Vaccination in Burma 1920-1933 - 1920-1933
Year: 1920
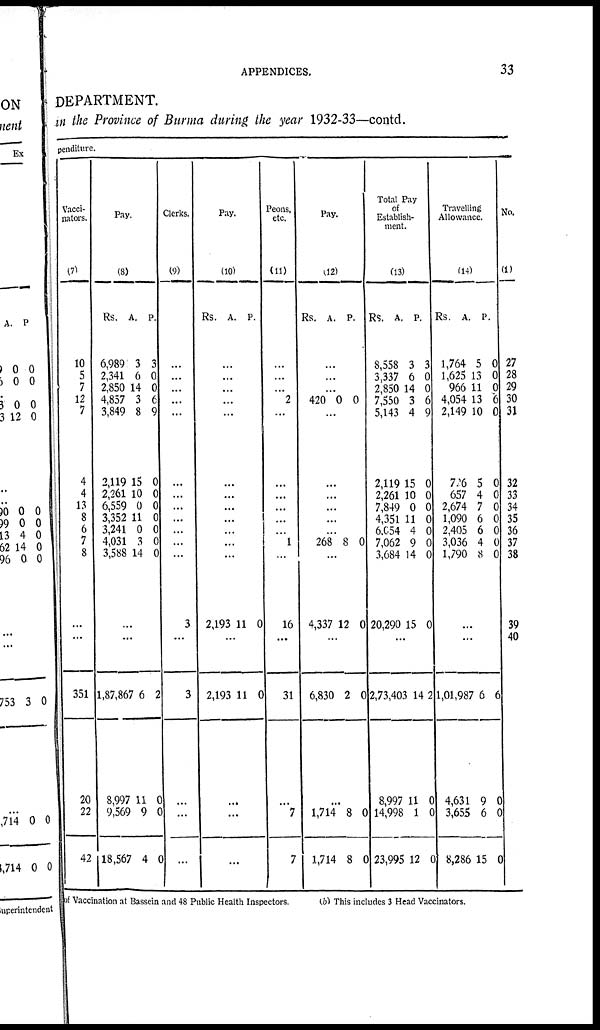
APPENDICES.
33
DEPARTMENT.
in the Province of Burma during the year 1932-33—contd.
penditure.
Vacci-
nators.
(7)
10
5
7
12
7
4
4
13
8
6
7
8
...
...
351
20
22
42
Pay.
(8)
Rs.
6,989
2,341
2,850
4,857
3,849
2,119
2,261
6,559
3,352
3,241
4,031
3,588
A.
3
6
14
3
8
15
10
0
11
0
3
14
P.
3
0
0
6
9
0
0
0
0
0
0
0
...
...
1,87,867
8,997
9,569
18,567
6
11
9
4
2
0
0
0
Clerks.
(9)
...
...
...
...
...
...
...
...
...
...
...
...
3
...
3
...
...
...
Pay.
(10)
Rs. A. P.
...
...
...
...
...
...
...
...
...
...
...
...
2,193 11 0
...
2,193 11 0
...
...
...
Peons,
etc.
(11)
...
...
...
2
...
...
...
...
...
...
1
...
16
...
31
...
7
7
Pay.
(12)
Rs.
A. P.
...
...
...
420 0 0
...
...
...
...
...
...
268 8 0
...
4,337 12 0
...
6,830 2 0
...
1,714
1,714
8
8
0
0
Total Pay
of
Establish-
ment.
(13)
Rs.
8,558
3,337
2,850
7,550
5,143
2,119
2,261
7,849
4,351
6,054
7,062
3,684
20,290
A.
3
6
14
3
4
15
10
0
11
4
9
14
15
P.
3
0
0
6
9
0
0
0
0
0
0
0
0
...
2,73,403
8,997
14,998
23,995
14
11
1
12
2
0
0
0
Travelling
Allowance.
(14)
Rs.
1,764
1,625
966
4,054
2,149
726
657
2,674
1,090
2,405
3,036
1,790
A.
5
13
11
13
10
5
4
7
6
6
4
8
P.
0
0
0
6
0
0
0
0
0
0
0
0
...
...
1,01,987
4,631
3,655
8,286
6
9
6
15
6
0
0
0
No.
(1)
27
28
29
30
31
32
33
34
35
36
37
38
39
40
of Vaccination at Bassein and 48 Public Health Inspectors.
(b) This includes 3 Head Vaccinators.